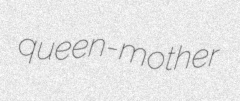
queen-mother